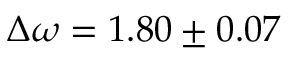
\Delta \omega = 1 . 8 0 \pm 0 . 0 7